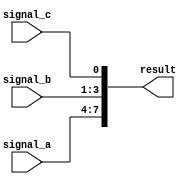
module concatenation_example (
    input wire [3:0] signal_a, // 4-bit input signal A
    input wire [2:0] signal_b, // 3-bit input signal B
    input wire signal_c,        // 1-bit input signal C
    output wire [7:0] result    // 8-bit concatenated output
);

// Continuous assignment to concatenate the input signals
assign result = {signal_a, signal_b, signal_c};

endmodule